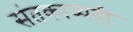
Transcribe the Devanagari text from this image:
संतकाव्यही